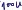
Text: 100u